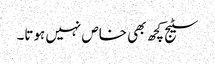
سٹیج کچھ بھی خاص نہیں ہوتا۔